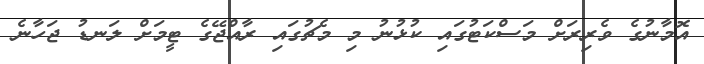
އޮމާނުގެ ވެރިރަށް މަސްކަޓުގައި ކުޅުނު މި މެޗުގައި ރާއްޖޭގެ ޓީމަށް ލަނޑު ޖަހާނެ